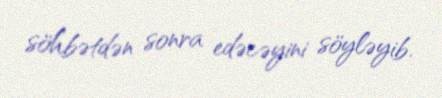
söhbətdən sonra edəcəyini söyləyib.